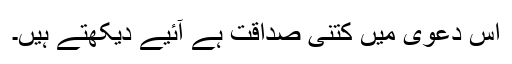
اس دعویٰ میں کتنی صداقت ہے آئیے دیکھتے ہیں۔